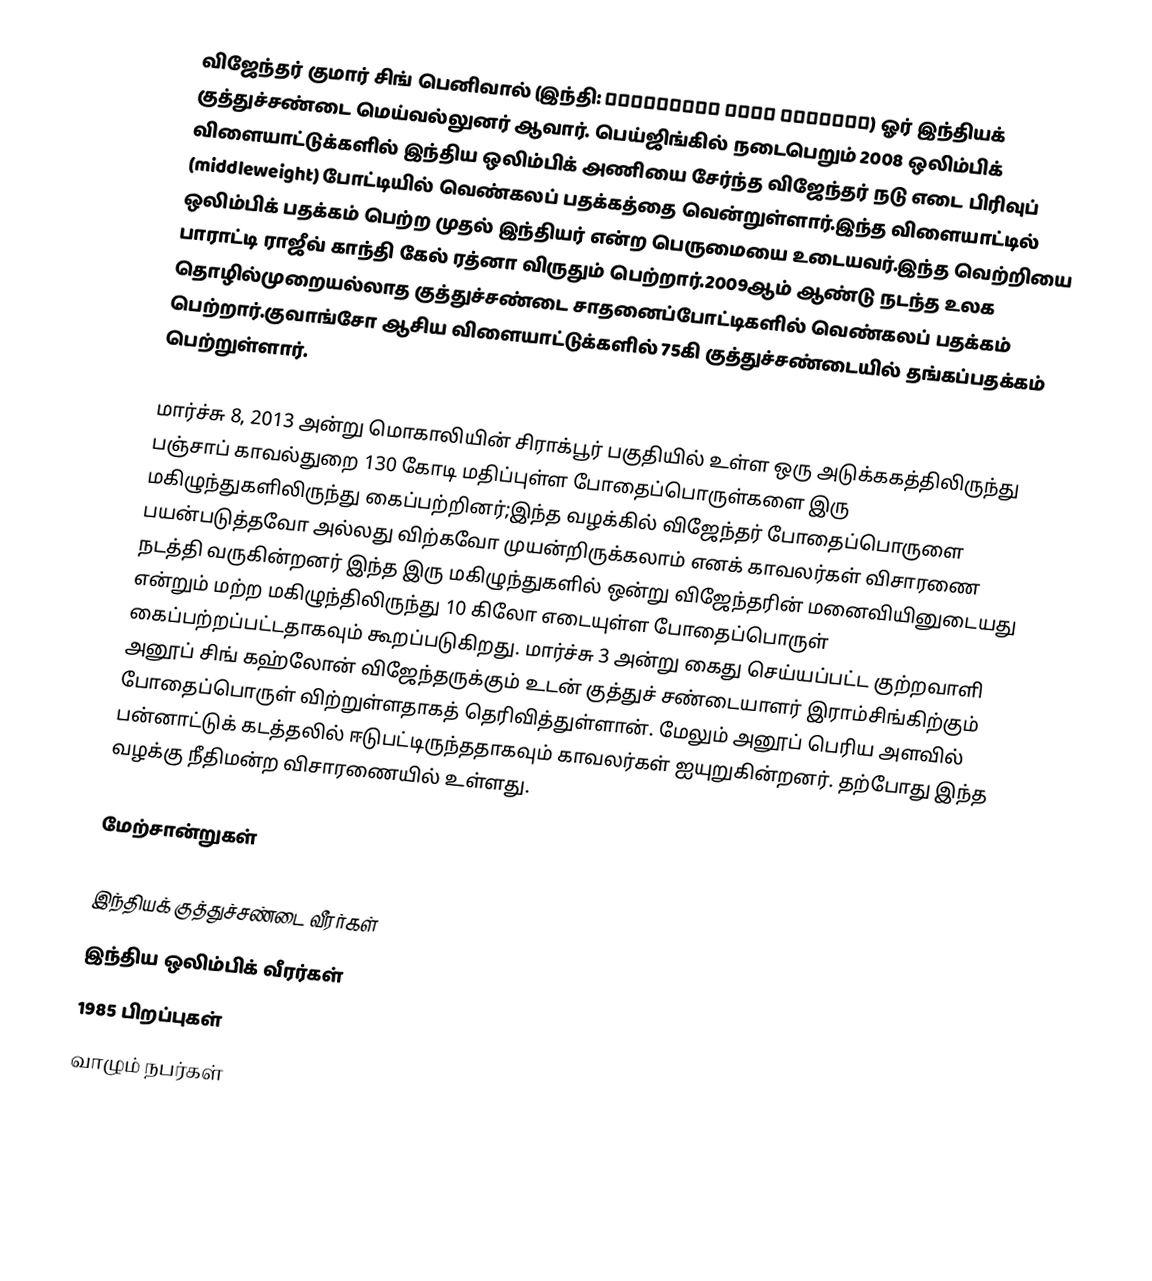
விஜேந்தர் குமார் சிங் பெனிவால் (இந்தி: विजेन्द्र सिंह बेनीवाल) ஓர் இந்தியக் குத்துச்சண்டை மெய்வல்லுனர் ஆவார். பெய்ஜிங்கில் நடைபெறும் 2008 ஒலிம்பிக் விளையாட்டுக்களில் இந்திய ஒலிம்பிக் அணியை சேர்ந்த விஜேந்தர் நடு எடை பிரிவுப் (middleweight) போட்டியில் வெண்கலப் பதக்கத்தை வென்றுள்ளார்.இந்த விளையாட்டில் ஒலிம்பிக் பதக்கம் பெற்ற முதல் இந்தியர் என்ற பெருமையை உடையவர்.இந்த வெற்றியை பாராட்டி ராஜீவ் காந்தி கேல் ரத்னா விருதும் பெற்றார்.2009ஆம் ஆண்டு நடந்த உலக தொழில்முறையல்லாத குத்துச்சண்டை சாதனைப்போட்டிகளில் வெண்கலப் பதக்கம் பெற்றார்.குவாங்சோ ஆசிய விளையாட்டுக்களில் 75கி குத்துச்சண்டையில் தங்கப்பதக்கம் பெற்றுள்ளார்.

மார்ச்சு 8, 2013 அன்று மொகாலியின் சிராக்பூர் பகுதியில் உள்ள ஒரு அடுக்ககத்திலிருந்து பஞ்சாப் காவல்துறை 130 கோடி மதிப்புள்ள போதைப்பொருள்களை இரு மகிழுந்துகளிலிருந்து  கைப்பற்றினர்;இந்த வழக்கில் விஜேந்தர் போதைப்பொருளை பயன்படுத்தவோ அல்லது விற்கவோ முயன்றிருக்கலாம் எனக் காவலர்கள் விசாரணை நடத்தி வருகின்றனர் இந்த இரு மகிழுந்துகளில் ஒன்று விஜேந்தரின் மனைவியினுடையது என்றும் மற்ற மகிழுந்திலிருந்து 10 கிலோ எடையுள்ள போதைப்பொருள் கைப்பற்றப்பட்டதாகவும் கூறப்படுகிறது. மார்ச்சு 3 அன்று கைது செய்யப்பட்ட குற்றவாளி அனூப் சிங் கஹ்லோன் விஜேந்தருக்கும் உடன் குத்துச் சண்டையாளர் இராம்சிங்கிற்கும் போதைப்பொருள் விற்றுள்ளதாகத் தெரிவித்துள்ளான். மேலும் அனூப் பெரிய அளவில் பன்னாட்டுக் கடத்தலில் ஈடுபட்டிருந்ததாகவும் காவலர்கள் ஐயுறுகின்றனர். தற்போது இந்த வழக்கு நீதிமன்ற விசாரணையில் உள்ளது.

மேற்சான்றுகள்

இந்தியக் குத்துச்சண்டை வீரர்கள்
இந்திய ஒலிம்பிக் வீரர்கள்
1985 பிறப்புகள்
வாழும் நபர்கள்